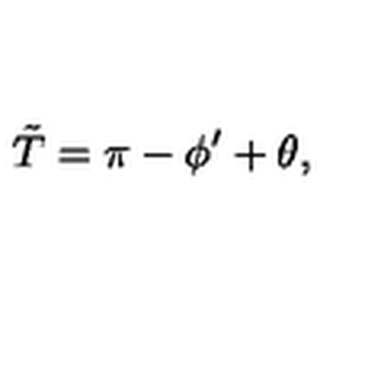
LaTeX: \tilde { T } = \pi - \phi ^ { \prime } + \theta ,